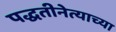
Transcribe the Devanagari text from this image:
पद्धतीनेत्याच्या